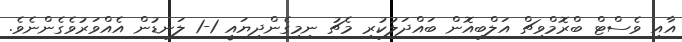
އާއި ވެސްޓް ބްރޮމްވިޗް އަލްބިއޮން ބައްދަލުކުރި މެޗު ނިމިގެންދިޔައީ 1-1 ލަނޑުން އެއްވަރުވެގެންނެވެ.